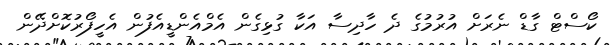
ކޯސްޓް ގާޑް ނެރަށް އުރުމުގެ ދެ ހާދިސާ އަކާ ގުޅިގެން އެމްއެންޑީއެފުން އެހީފޯރުކޮށްދޭން